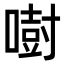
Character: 𠾢